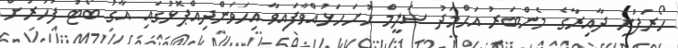
ހޯރަފުށި ދާއިރާގެ މެންބަރު އަޙްމަދު ސަލީމް ހުށަހަޅުއްވާފައިވާ އިހަވަންދިއްޕޮޅުގައި އާގު ބޯޓު ފަހަރަށް